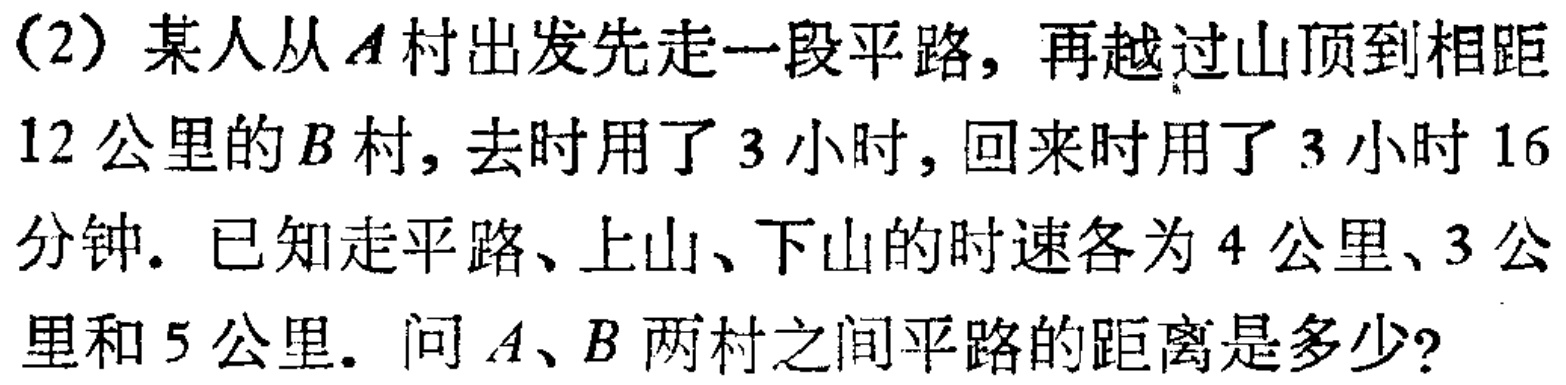
（2）某人从\(A\)村出发先走一段平路，再越过山顶到相距\(12\)公里的\(B\)村，去时用了\(3\)小时，回来时用了\(3\)小时\(16\)分钟. 已知走平路、上山、下山的时速各为\(4\)公里、\(3\)公里和\(5\)公里. 问\(A\)、\(B\) 两村之间平路的距离是多少?